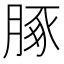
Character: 䐁